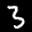
Label: 3